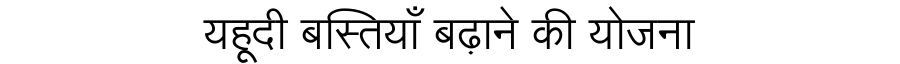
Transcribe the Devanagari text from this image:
यहूदी बस्तियाँ बढ़ाने की योजना